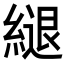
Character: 𦄁